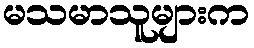
မသမာသူများက